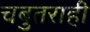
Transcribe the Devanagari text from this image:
चबुतराही